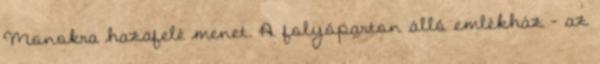
Monokra hazafelé menet. A folyóparton álló emlékház – az